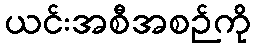
ယင်းအစီအစဉ်ကို